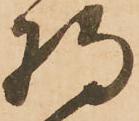
将